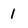
Character: 1